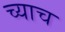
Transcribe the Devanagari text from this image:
च्याच